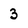
Character: 3